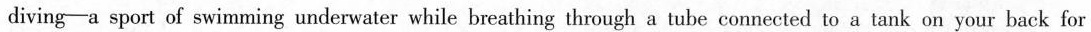
diving——a sport of swimming underwater while breathing through a tube connected to a tank on your back for